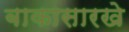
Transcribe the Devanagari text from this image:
बाकासारखे